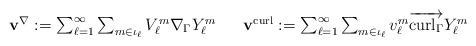
LaTeX: \begin{align*}\begin{array}[c]{clll}& \mathbf{v}^{\nabla}:=\sum_{\ell=1}^{\infty}\sum_{m\in\iota_{\ell}}V_{\ell}^{m}\nabla_{\Gamma}Y_{\ell}^{m} & & \mathbf{v}^{\operatorname*{curl}}:=\sum_{\ell=1}^{\infty}\sum_{m\in\iota_{\ell}}v_{\ell}^{m}\overrightarrow{\operatorname*{curl}\nolimits_{\Gamma}}Y_{\ell}^{m}\\& & &\end{array}\end{align*}